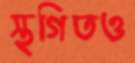
স্থগিতও